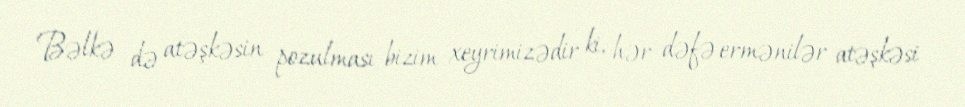
Bəlkə də atəşkəsin pozulması bizim xeyrimizədir ki, hər dəfə ermənilər atəşkəsi